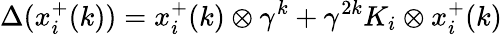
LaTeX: \Delta(x_{i}^{+}(k))=x_{i}^{+}(k)\otimes\gamma^{k}+\gamma^{2k}K_{i}\otimes x_{i}^{+}(k)